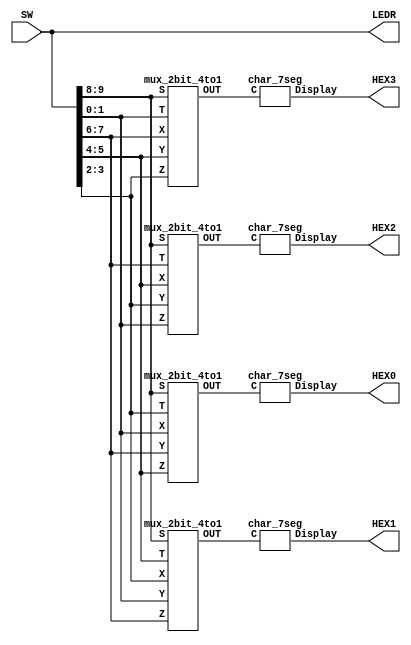
///
module part5(SW, LEDR, HEX3, HEX2, HEX1, HEX0);
	input [9:0] SW;
	output [9:0] LEDR;
	output [6:0] HEX3, HEX2, HEX1, HEX0;
	wire [1:0] out1, out2, out3, out4;
	mux_2bit_4to1 OUT1(SW[9:8],SW[7:6],SW[5:4],SW[3:2],SW[1:0], out1);
	mux_2bit_4to1 OUT2(SW[9:8],SW[5:4],SW[3:2],SW[1:0],SW[7:6], out2);
	mux_2bit_4to1 OUT3(SW[9:8],SW[3:2],SW[1:0],SW[7:6],SW[5:4], out3);
	mux_2bit_4to1 OUT4(SW[9:8],SW[1:0],SW[7:6],SW[5:4],SW[3:2], out4);
	char_7seg h3(out1, HEX3);
	char_7seg h2(out2, HEX2);
	char_7seg h1(out3, HEX1);
	char_7seg h0(out4, HEX0);
	assign LEDR = SW;
	
endmodule

module mux_2bit_4to1(S, X, Y, Z, T, OUT);
	input [1:0] S, X, Y, Z, T;
	output [1:0] OUT;
	assign OUT = (S == 2'b00) ? X:
				 (S == 2'b01) ? Y:
				 (S == 2'b10) ? Z: T;
endmodule

module char_7seg(C, Display);
	input [1:0] C;
	output [6:0] Display;
	assign Display = (C == 2'b00) ? 7'b0001001:    //d
					 (C == 2'b01) ? 7'b0000110:    //E
					 (C == 2'b10) ? 7'b1111001: 7'b1000000;
endmodule